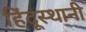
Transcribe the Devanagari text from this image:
हिंदूस्थानी